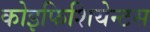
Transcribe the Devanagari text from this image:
कोइफिशियेन्‍टस